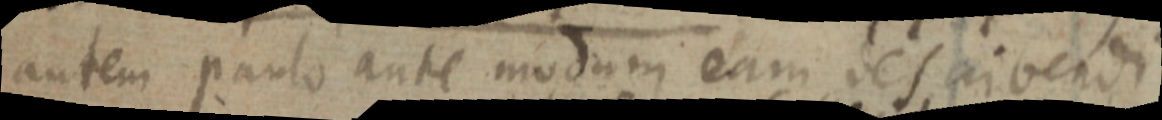
autem parto ante modum eam describendi